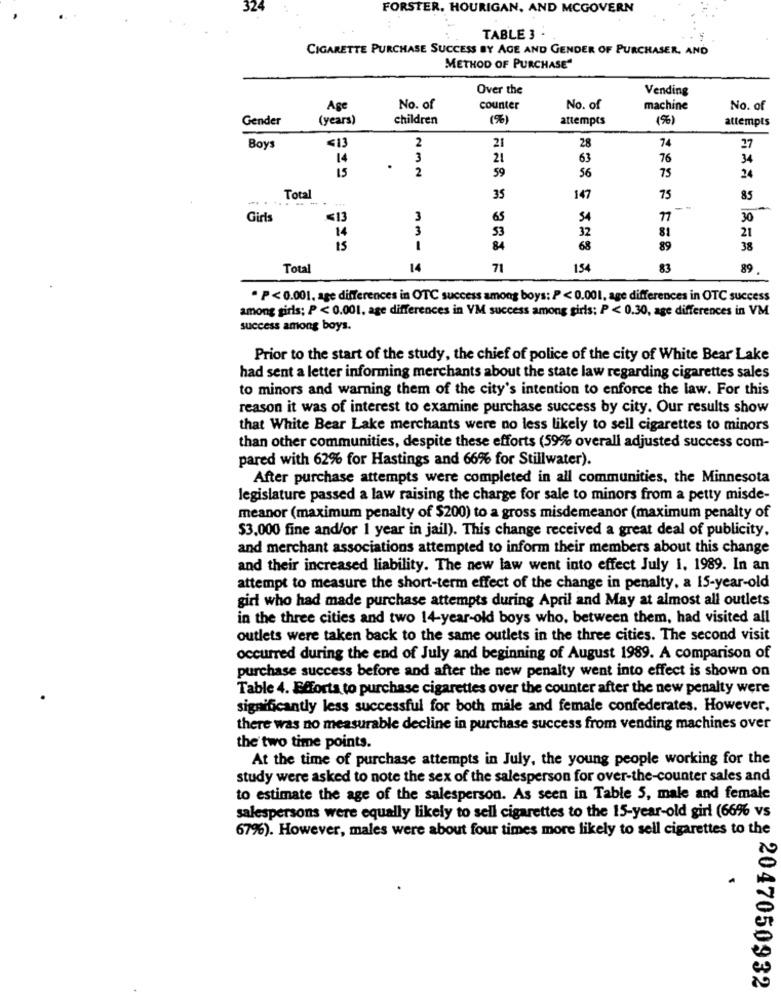
324
FORSTER. HOURIGAN. AND MCGOVERN
TABLE 3 .
CIGARETTE PURCHASE SUCCESS BY AGE AND GENDER OF PURCHASER, AND
METHOD OF PURCHASE"
Over the
Vending
Age
No. of
counter
No. of
machine
No. of
Gender
(years)
children
attempts
(9)
attempts
413
21
28
74
27
Boys
2
14
3
21
63
76
34
15
.
2
59
56
75
24
75
-
Total
--
35
147
85
Girls
≤13
3
65
54
77
30
14
3
53
32
81
21
15
84
68
89
38
Total
14
71
154
83
89
. P<0.001. age differences in OTC success among boys: P < 0.001, age differences in OTC success
among girls; P < 0.001, age differences in VM success among girls; P < 0.30, age differences in VM
success among boys.
Prior to the start of the study, the chief of police of the city of White Bear Lake
had sent a letter informing merchants about the state law regarding cigarettes sales
to minors and warning them of the city's intention to enforce the law. For this
reason it was of interest to examine purchase success by city. Our results show
that White Bear Lake merchants were no less likely to sell cigarettes to minors
than other communities, despite these efforts (59% overall adjusted success com-
pared with 62% for Hastings and 66% for Stillwater).
After purchase attempts were completed in all communities, the Minnesota
legislature passed a law raising the charge for sale to minors from a petty misde-
meanor (maximum penalty of $200) to a gross misdemeanor (maximum penalty of
$3,000 fine and/or 1 year in jail). This change received a great deal of publicity.
and merchant associations attempted to inform their members about this change
and their increased liability. The new law went into effect July i, 1989. In an
attempt to measure the short-term effect of the change in penalty, a 15-year-old
girl who had made purchase attempts during April and May at almost all outlets
in the three cities and two 14-year-old boys who, between them, had visited all
outlets were taken back to the same outlets in the three cities. The second visit
occurred during the end of July and beginning of August 1989. A comparison of
purchase success before and after the new penalty went into effect is shown on
Table 4. Efforts to purchase cigarettes over the counter after the new penalty were
significantly less successful for both male and female confederates. However.
there was no measurable decline in purchase success from vending machines over
the two time points.
At the time of purchase attempts in July, the young people working for the
study were asked to note the sex of the salesperson for over-the-counter sales and
to estimate the age of the salesperson. As seen in Table 5, male and female
salespersons were equally likely to sell cigarettes to the 15-year-old girl (66% vs
67%). However, males were about four times more likely to sell cigarettes to the
2047050932